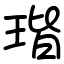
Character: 瑎